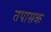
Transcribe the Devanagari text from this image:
तपासक